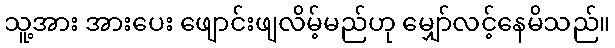
သူ့အား အားပေး ဖျောင်းဖျလိမ့်မည်ဟု မျှော်လင့်နေမိသည်။